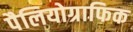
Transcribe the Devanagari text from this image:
पैलियोग्राफिक